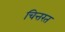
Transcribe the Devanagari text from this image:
चित्तरत